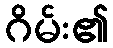
ဂိမ်း၏